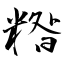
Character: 糌